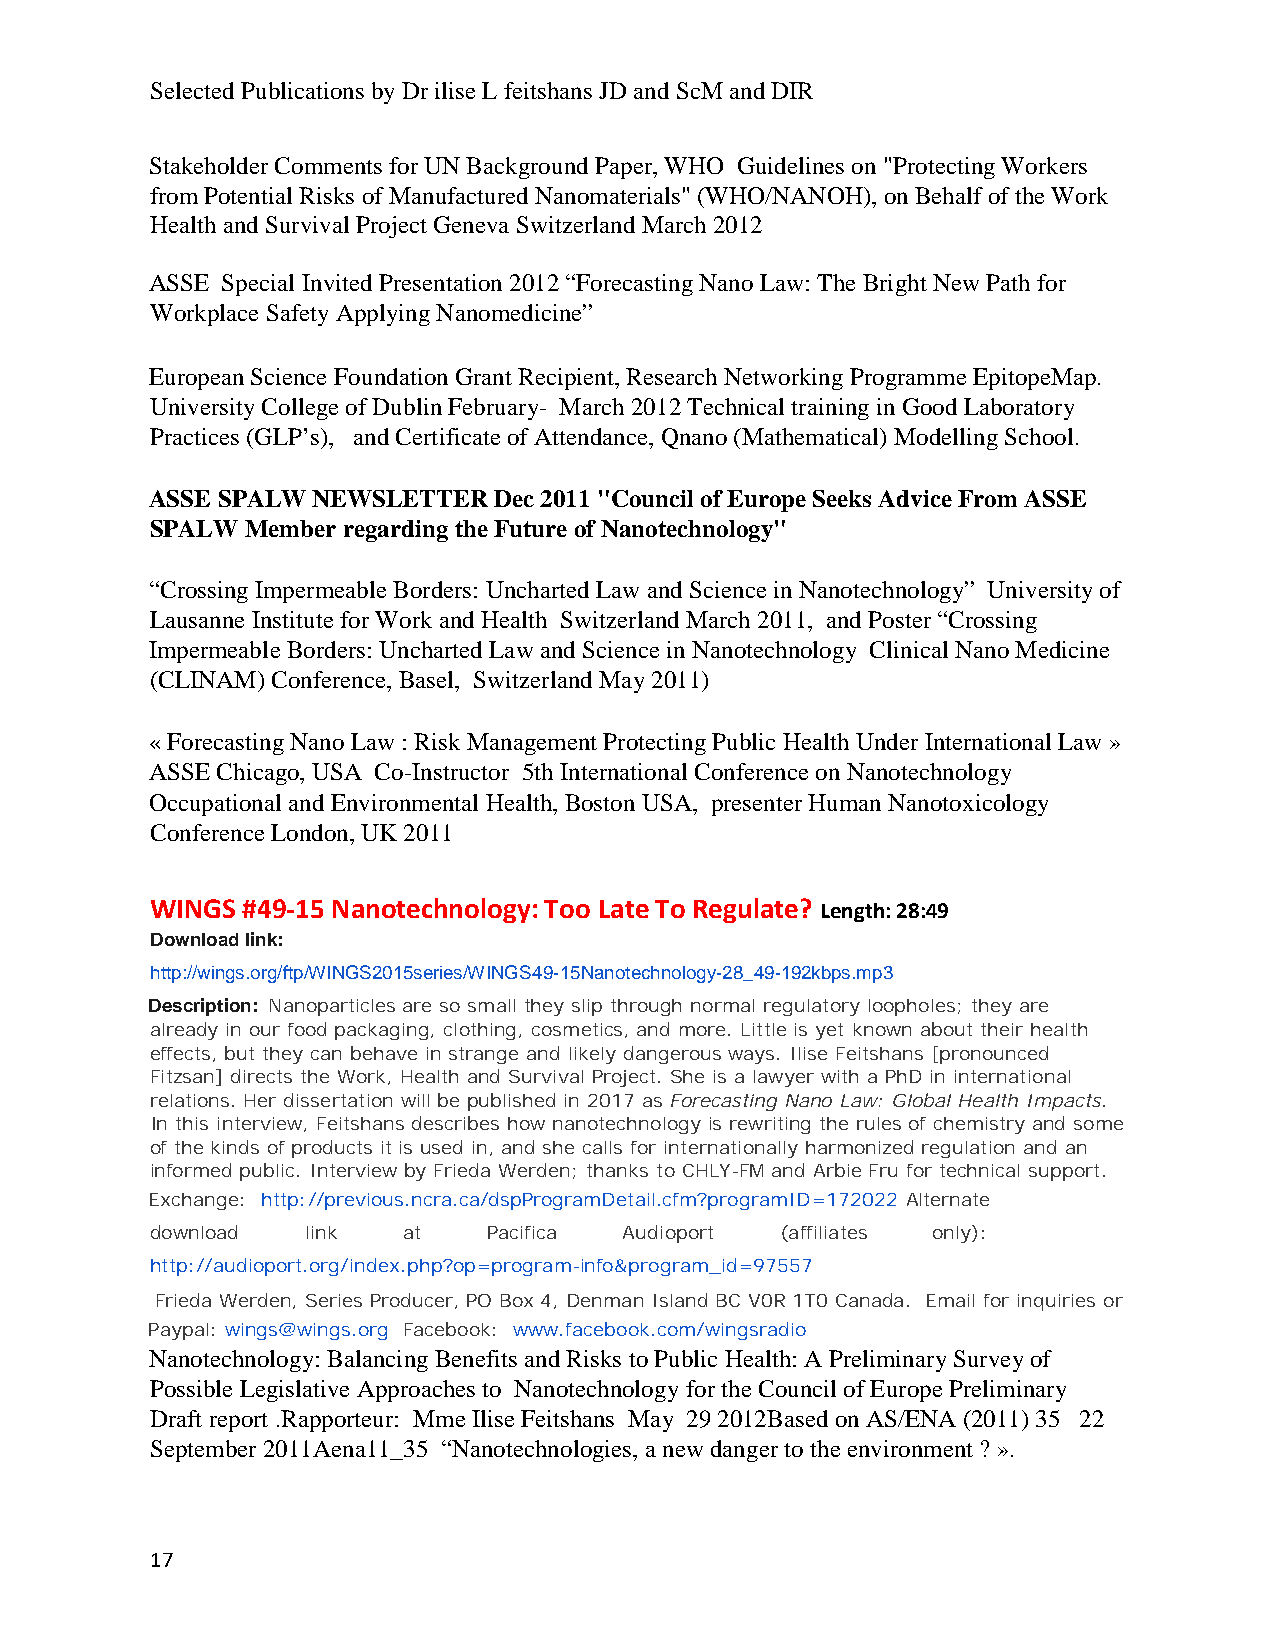
Selected Publications by Dr ilise L feitshans JD and ScM and DIR
 Stakeholder Comments for UN Background Paper, WHO Guidelines on "Protecting Workers
 from Potential Risks of Manufactured Nanomaterials" (WHO/NANOH), on Behalf of the Work
 Health and Survival Project Geneva Switzerland March 2012
 ASSE Special Invited Presentation 2012 “Forecasting Nano Law: The Bright New Path for
 Workplace Safety Applying Nanomedicine”
 European Science Foundation Grant Recipient, Research Networking Programme EpitopeMap.
 University College of Dublin February- March 2012 Technical training in Good Laboratory
 Practices (GLP’s), and Certificate of Attendance, Qnano (Mathematical) Modelling School.
 ASSE SPALW NEWSLETTER  Dec 2011 "Council of Europe Seeks Advice From ASSE
 SPALW Member regarding the Future of Nanotechnology"
 “Crossing Impermeable Borders: Uncharted Law and Science in Nanotechnology” University of
 Lausanne Institute for Work and Health Switzerland March 2011, and Poster “Crossing
 Impermeable Borders: Uncharted Law and Science in Nanotechnology Clinical Nano Medicine
 (CLINAM) Conference, Basel, Switzerland May 2011)
 « Forecasting Nano Law : Risk Management Protecting Public Health Under International Law »
 ASSE Chicago, USA Co-Instructor 5th International Conference on Nanotechnology
 Occupational and Environmental Health, Boston USA, presenter Human Nanotoxicology
 Conference London, UK 2011
 WINGS #49-15 Nanotechnology: Too Late To Regulate? Length: 28:49
 Download link:
 http://wings.org/ftp/WINGS2015series/WINGS49-15Nanotechnology-28_49-192kbps.mp3
 Description: Nanoparticles are so small they slip through normal regulatory loopholes; they are
 already in our food packaging, clothing, cosmetics, and more. Little is yet known about their health
 effects, but they can behave in strange and likely dangerous ways. Ilise Feitshans [pronounced
 Fitzsan] directs the Work, Health and Survival Project. She is a lawyer with a PhD in international
 relations. Her dissertation will be published in 2017 as Forecasting Nano Law: Global Health Impacts.
 In this interview, Feitshans describes how nanotechnology is rewriting the rules of chemistry and some
 of the kinds of products it is used in, and she calls for internationally harmonized regulation and an
 informed public. Interview by Frieda Werden; thanks to CHLY-FM and Arbie Fru for technical support.
 Exchange: http://previous.ncra.ca/dspProgramDetail.cfm?programID=172022 Alternate
 download  link   at   Pacifica Audioport  (affiliates only):
 http://audioport.org/index.php?op=program-info&program_id=97557
 Frieda Werden, Series Producer, PO Box 4, Denman Island BC V0R 1T0 Canada. Email for inquiries or
 Paypal: wings@wings.org Facebook: www.facebook.com/wingsradio
 Nanotechnology: Balancing Benefits and Risks to Public Health: A Preliminary Survey of
 Possible Legislative Approaches to Nanotechnology for the Council of Europe Preliminary
 Draft report .Rapporteur: Mme Ilise Feitshans May 29 2012Based on AS/ENA (2011) 35 22
 September 2011Aena11_35 “Nanotechnologies, a new danger to the environment ? ».
 17